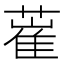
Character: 𦸏